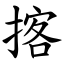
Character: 揢